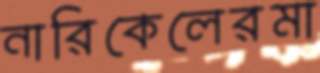
নারিকেলেরমা